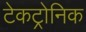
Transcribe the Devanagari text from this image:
टेकट्रोनिक